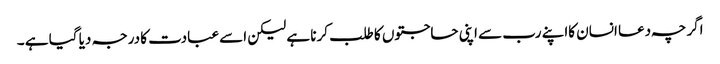
اگر چہ دعا انسان کااپنے رب سے اپنی حاجتوں کا طلب کرنا ہے لیکن اسے عبادت کا درجہ دیا گیا ہے ۔